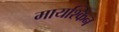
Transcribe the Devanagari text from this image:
मायश्किन